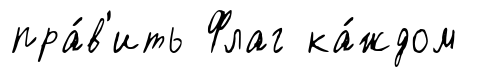
пра́в'ить Флаг ка́ждом